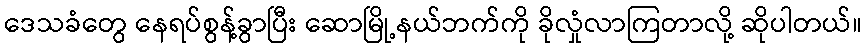
ဒေသခံတွေ နေရပ်စွန့်ခွာပြီး ဆောမြို့နယ်ဘက်ကို ခိုလှုံလာကြတာလို့ ဆိုပါတယ်။